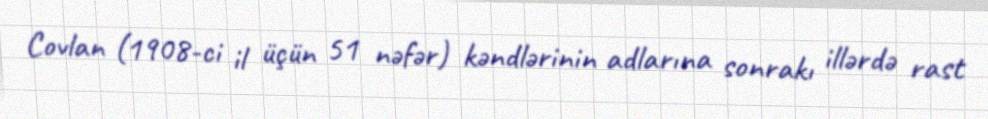
Covlan (1908-ci il üçün 51 nəfər) kəndlərinin adlarına sonrakı illərdə rast